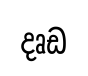
දෘඩ